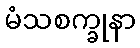
မံသစက္ခုနာ